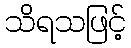
သိရသဖြင့်